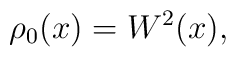
\rho_0(x)=W^2(x),